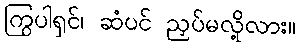
ကြွပါရှင်၊ ဆံပင် ညှပ်မလို့လား။